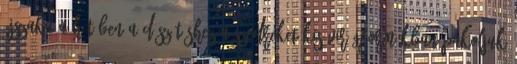
éjszaka a hűtőben.A díszítéshez a szedreket kis virágformákban pakoljuk